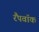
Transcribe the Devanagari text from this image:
रैंपवॉक